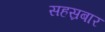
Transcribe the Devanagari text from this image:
सहस्रबार